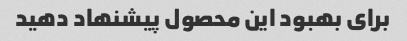
برای بهبود این محصول پیشنهاد دهید